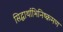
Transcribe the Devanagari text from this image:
सिद्धार्थाभिनिष्क्रमण